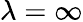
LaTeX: \lambda=\infty